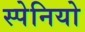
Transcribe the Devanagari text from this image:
स्पेनियो